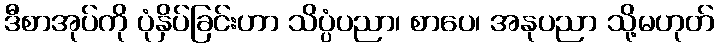
ဒီစာအုပ်ကို ပုံနှိပ်ခြင်းဟာ သိပ္ပံပညာ၊ စာပေ၊ အနုပညာ သို့မဟုတ်